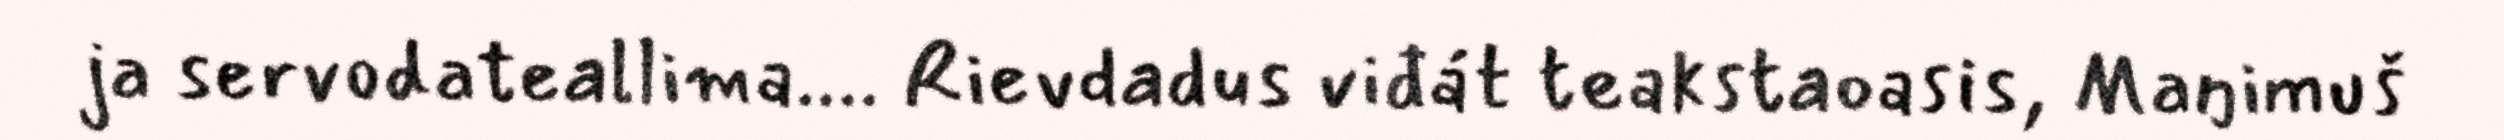
ja servodateallima.... Rievdadus viđát teakstaoasis, Maŋimuš